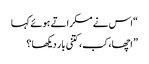
“اس نے مسکراتے ہوئے کہا
” اچھا، کب، کتنی بار دیکھا ؟